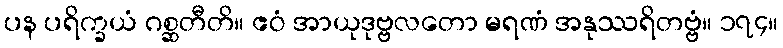
ပန ပရိက္ခယံ ဂစ္ဆတီတိ။ ဧဝံ အာယုဒုဗ္ဗလတော မရဏံ အနုဿရိတဗ္ဗံ။ ၁၇၄။